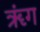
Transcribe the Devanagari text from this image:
ॠंग